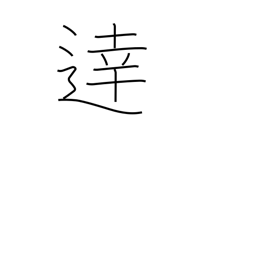
Meaning: intelligent